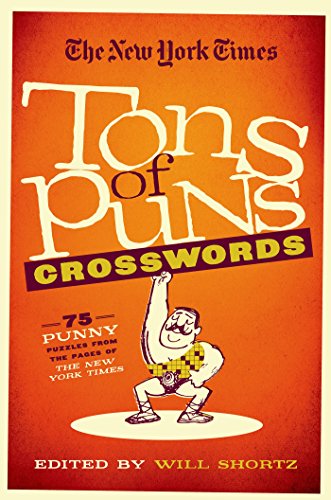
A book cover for The New York Times Tons of Puns Crosswords: 75 Punny Puzzles from the Pages of The New York Times; Will Shortz; Humor & Entertainment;